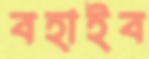
বহাইব